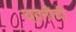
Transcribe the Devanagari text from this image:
ध्वनींची